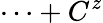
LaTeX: \cdots+C^{z}